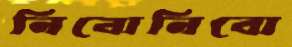
নিবোনিবো